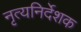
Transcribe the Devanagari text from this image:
नृत्यनिर्देशक